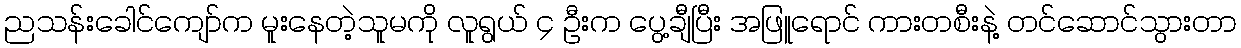
ညသန်းခေါင်ကျော်က မူးနေတဲ့သူမကို လူရွယ် ၄ ဦးက ပွေ့ချီပြီး အဖြူရောင် ကားတစီးနဲ့ တင်ဆောင်သွားတာ